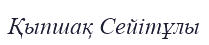
Қыпшақ Сейітұлы